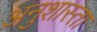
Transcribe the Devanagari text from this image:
अनुशास्ता